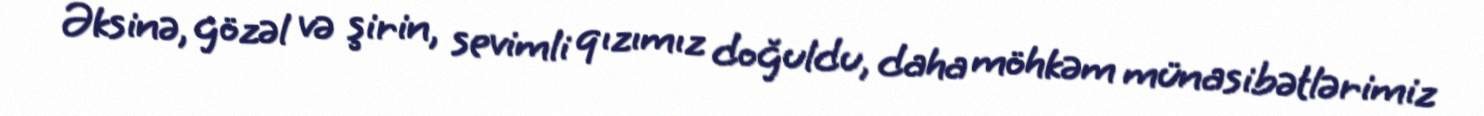
Əksinə, gözəl və şirin, sevimli qızımız doğuldu, daha möhkəm münasibətlərimiz